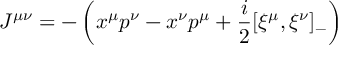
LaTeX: J ^ { \mu \nu } = - \left( x ^ { \mu } p ^ { \nu } - x ^ { \nu } p ^ { \mu } + \frac { i } { 2 } [ \xi ^ { \mu } , \xi ^ { \nu } ] _ { - } \right)